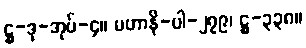
ဋ္ဌ-ဒု-အုပ်-၄။ မဟာနိ-ပါ-၂၇၉၊ ဋ္ဌ-၃၃၈။